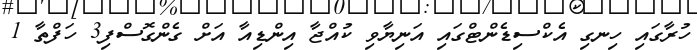
ހުރާގައި ހިނގި އެކްސިޑެންޓްގައި އަނިޔާވި ކުއްޖާ އިންޑިއާ އަށް ގެންގޮސްފި3 ހަފްތާ 1